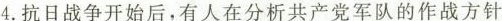
4.抗日战争开始后，有人在分析共产党军队的作战方针